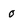
Character: 0